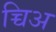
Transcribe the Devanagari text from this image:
च्चिअ